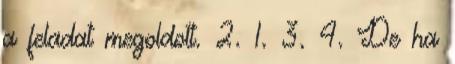
a feladat megoldott. 2. 1. 3. 4. De ha